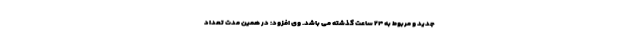
جدید و مربوط به ۲۴ ساعت گذشته می باشد. وی افزود: در همین مدت تعداد